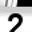
Digit: 2